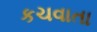
કચવાતા